Civil Veterinary Department Bengal reports 1933-51 - 1933-1951
Year: 1933
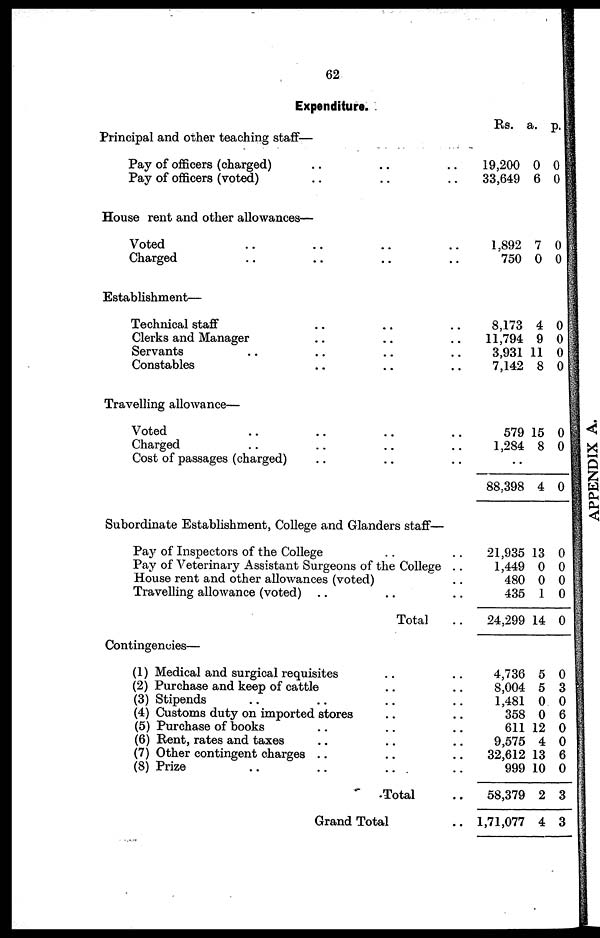
62
Expenditure.
Principal and other teaching staff—
Pay of officers (charged) ......
Pay of officers (voted) ......
House rent and other allowances—
Voted ........
Charged .. .. .. ..
Establishment—
Technical staff ......
Clerks and Manager .. .. ..
Servants .. .. .. ..
Constables .. .. ..
Travelling allowance—
Voted .. .. .. ..
Charged .. .. .. ..
Cost of passages (charged) .. .. ..
Subordinate Establishment, College and Glanders staff—
Pay of Inspectors of the College .. ..
Pay of Veterinary Assistant Surgeons of the College ..
House rent and other allowances (voted) ..
Travelling allowance (voted) .. .. ..
Total ..
Contingencies—
(1) Medical and surgical requisites ....
(2) Purchase and keep of cattle .. ..
(3) Stipends .. .. .. ..
(4) Customs duty on imported stores ....
(5) Purchase of books ......
(6) Rent, rates and taxes .... ..
(7) Other contingent charges .... ..
(8) Prize ...... ..
Total ..
Grand Total ..
Rs.
19,200
33,649
1,892
750
8,173
11,794
3,931
7,142
579
1,284
..
88,398
21,935
1,449
480
435
24,299
4,736
8,004
1,481
358
611
9,575
32,612
999
58,379
1,71,077
a.
0 0
6
7
0
4
9
11
8
15
8
4
13
0
0
1
14
5
5
0
0
12
4
13
10
2
4
p.
0
0
0
0
0
0
0
0
0
0
0
0
0
0
0
0
3
0
6
0
0
6
0
3
3